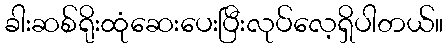
ခါးဆစ်ရိုးထုံဆေးပေးပြီးလုပ်လေ့ရှိပါတယ်။